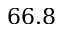
6 6 . 8